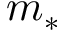
m _ { * }